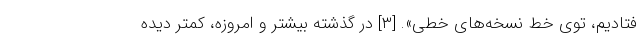
فتادیم، توی خط نسخه‌های خطی». [۳] در گذشته بیشتر و امروزه، کمتر دیده